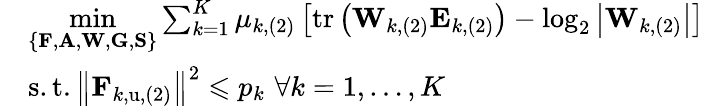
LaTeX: \begin{array}{rl}&{\underset{\left\{ \mathbf{F},\mathbf{A},\mathbf{W},\mathbf{G},\mathbf{S}\right\} }{\operatorname*{min}}\sum_{k=1}^{K}{\mu_{k,(2)}}\left[\mathrm{tr}\left(\mathbf{W}_{k,(2)}\mathbf{E}_{k,(2)}\right)-\log_{2}\left|\mathbf{W}_{k,(2)}\right|\right]}\\ &{\mathrm{s}.\mathrm{t}.\left\| \mathbf{F}_{k,\mathrm{u},(2)}\right\| ^{2}\leqslant p_{k}\, \, \forall k=1,\dots,K}\end{array}